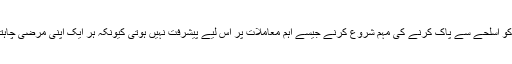
شہر کو اسلحے سے پاک کرنے کی مہم شروع کرنے جیسے اہم معاملات پر اس لیے پیشرفت نہیں ہوتی کیونکہ ہر ایک اپنی مرضی چاہتا ہے۔